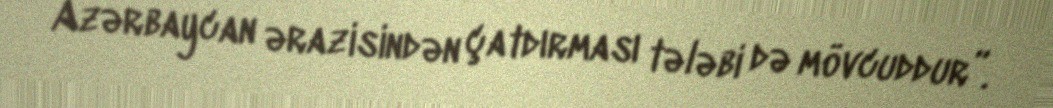
Azərbaycan ərazisindən çatdırması tələbi də mövcuddur”.